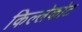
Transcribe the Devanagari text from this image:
किल्लेकोट